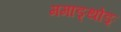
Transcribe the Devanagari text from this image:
ममाङ्थोङ्